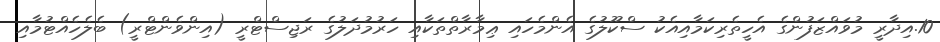
10.އިދާރީ މުވައްޒަފުންގެ އެހީތެރިކަމާއިއެކު ސްކޫލުގެ އެންމެހައި ޢިމާރާތްތަކާއި ހަރުމުދަލުގެ ރަޖިސްޓްރީ (އިންވެންޓްރީ) ބެލެހެއްޓުމާއި